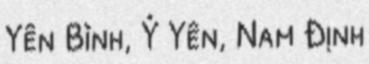
Yên Bình, Ý Yên, Nam Định